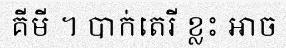
គីមី ។ បាក់តេរី ខ្លះ អាច